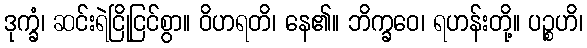
ဒုက္ခံ၊ ဆင်းရဲငြိုငြင်စွာ။ ဝိဟရတိ၊ နေ၏။ ဘိက္ခဝေ၊ ရဟန်းတို့။ ပဉ္စဟိ၊